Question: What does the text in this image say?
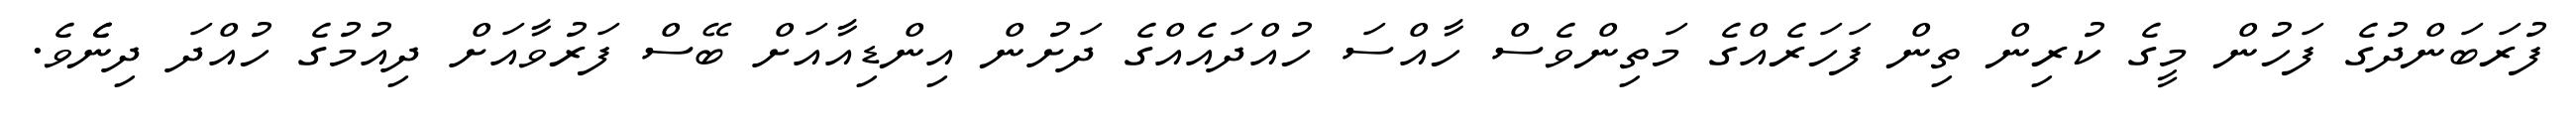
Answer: ފުރަބަންދުގެ ފަހުން މީގެ ކުރިން ތިން ފަހަރެއްގެ މަތިންވެސް ހާއްސަ ހުއްދައެއްގެ ދަށުން އިންޑިއާއަށް ބޭސް ފަރުވާއަށް ދިއުމުގެ ހުއްދަ ދިނެެވެ.